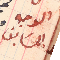
الوجه السَابق